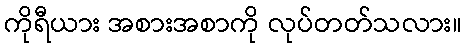
ကိုရီယား အစားအစာကို လုပ်တတ်သလား။